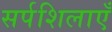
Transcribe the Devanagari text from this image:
सर्पशिलाएँ